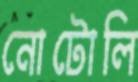
নোটোলি